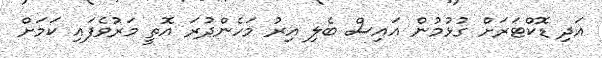
އަދި ޑޮކްޓަރަށް ގުޅުމުން އައިސް ބެލި އިރު މަހެންދުރަ އޮތީ މަރުވެފައި ކަމަށް